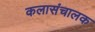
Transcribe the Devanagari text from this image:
कलासंचालक